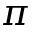
\pi